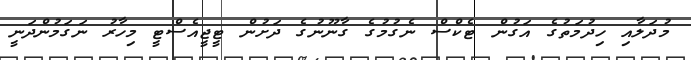
މުދަލާއި ހިދުމަތުގެ އަގުން ޓެކްސް ނެގުމުގެ ގާނޫނުގެ ދަށުން ޓީޖީއެސްޓީ މިހާރު ނަގަމުންދަނީ